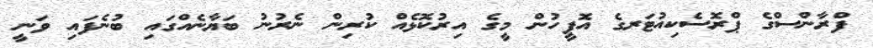
ފްރާންސްގެ ޕްރޮސެކިއުޓަރގެ އޮފީހުން މީގެ އިރުކޮޅެއް ކުރިން ނެރުނު ބަޔާނެއްގައި ބުނެފައި ވަނީ